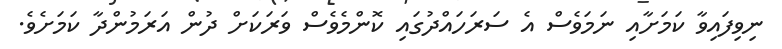
ނިވިފައިވާ ކަމަށާއި ނަމަވެސް އެ ސަރަހައްދުގައި ކޮންމެވެސް ވަރަކަށް ދުން އަރަމުންދާ ކަމަށެވެ.